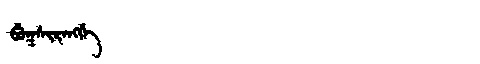
Manchu: ᠪᡠᡴᠰᡳᡵᡝᠩᡤᡝ
Romanization: BUKSIRENGGE